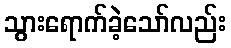
သွားရောက်ခဲ့သော်လည်း